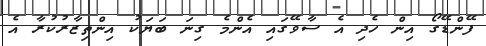
ފޭންޑޭގޯ އިން ހެދި އެ ސާވޭގައި އެންމެ ގިނަ ބަޔަކު އިންތިޒާރުކުރާ އެ